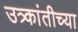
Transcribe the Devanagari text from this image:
उत्र्कांतीच्या